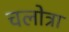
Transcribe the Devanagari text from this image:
चलोत्रा